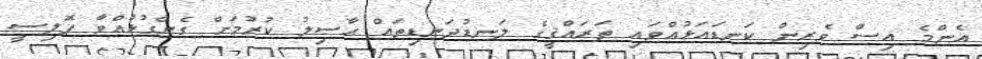
އެންމެ އިސް ވެރިން ކަނޑައަޅުއްވައި ތަރައްޤީގެ ލަނޑުދަނޑިތައް ޙާސިލު ކުރުމަށް ގެންގުޅުއްވާ ޕޮލިސީ